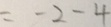
= - 2 - 4